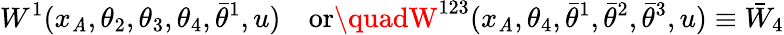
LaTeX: W^{1}(x_{\mathit{A}},\theta_{2},\theta_{3},\theta_{4},\bar{{\theta}}^{1},u)\quad\mathrm{{or}}\quadW^{123}(x_{\mathit{A}},\theta_{4},\bar{{\theta}}^{1},\bar{{\theta}}^{2},\bar{{\theta}}^{3},u)\equiv\bar{{W}}_{4}